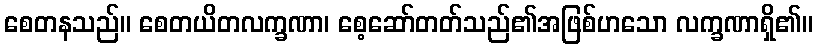
စေတနသည်။ စေတယိတလက္ခဏာ၊ စေ့ဆော်တတ်သည်၏အဖြစ်ဟသော လက္ခဏာရှိ၏။